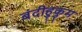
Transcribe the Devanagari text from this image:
बंदीहुकुम